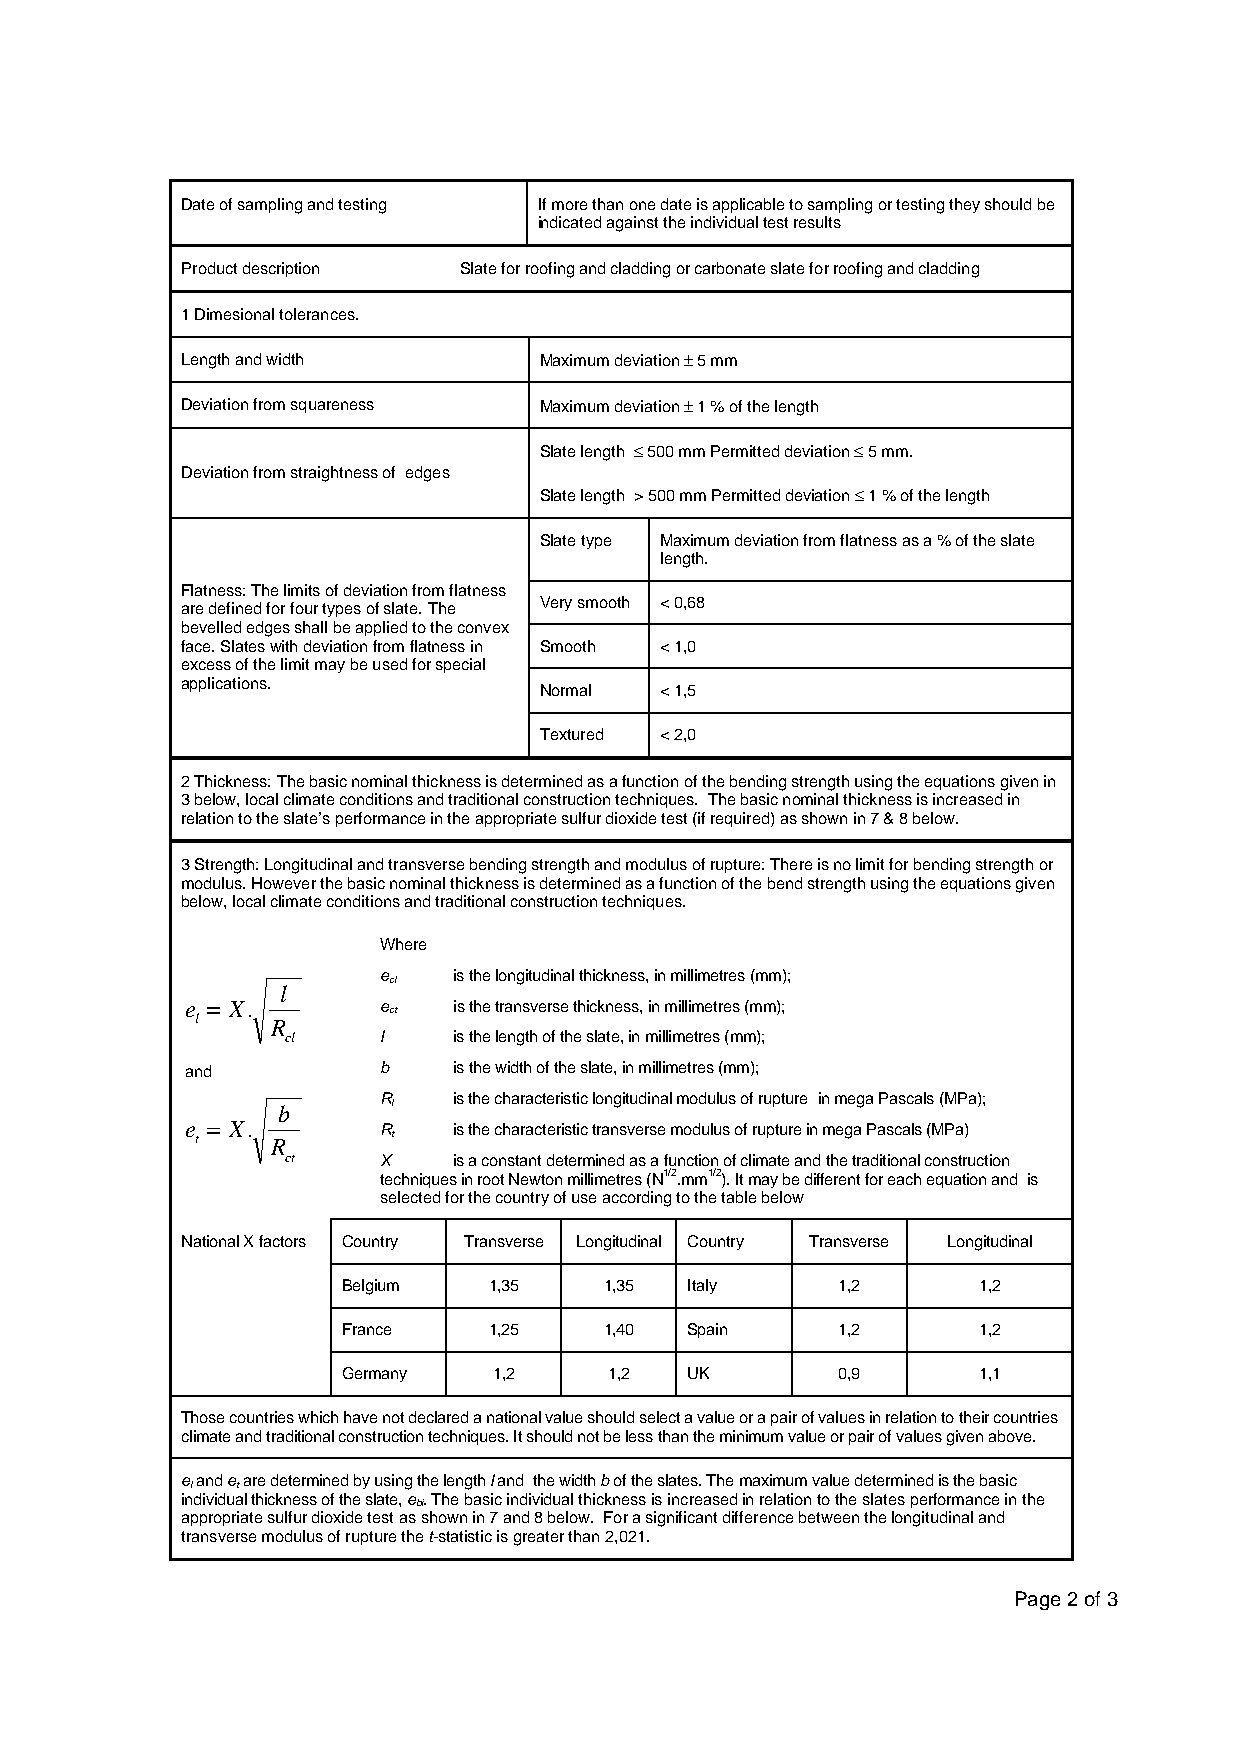
Date of sampling and testing If more than one date is applicable to sampling or testing they should be
 indicated against the individual test results
 Product description Slate for roofing and cladding or carbonate slate for roofing and cladding
 1 Dimesional tolerances.
 Length and width        Maximum deviation – 5 mm
 Deviation from squareness Maximum deviation – 1 % of the length
 Slate length £ 500 mm Permitted deviation £ 5 mm.
 Deviation from straightness of edges
 Slate length > 500 mm Permitted deviation £ 1 % of the length
 Slate type Maximum deviation from flatness as a % of the slate
 length.
 Flatness: The limits of deviation from flatness
 are defined for four types of slate. The Very smooth < 0,68
 bevelled edges shall be applied to the convex
 face. Slates with deviation from flatness in Smooth < 1,0
 excess of the limit may be used for special
 applications.
 Normal  < 1,5
 Textured < 2,0
 2 Thickness: The basic nominal thickness is determined as a function of the bending strength using the equations given in
 3 below, local climate conditions and traditional construction techniques. The basic nominal thickness is increased in
 relation to the slate’s performance in the appropriate sulfur dioxide test (if required) as shown in 7 & 8 below.
 3 Strength: Longitudinal and transverse bending strength and modulus of rupture: There is no limit for bending strength or
 modulus. However the basic nominal thickness is determined as a function of the bend strength using the equations given
 below, local climate conditions and traditional construction techniques.
 Where
 e    is the longitudinal thickness, in millimetres (mm);
 cl
 l
 e = X.       e
 ct
 is the transverse thickness, in millimetres (mm);
 l    R
 cl    l    is the length of the slate, in millimetres (mm);
 and          b    is the width of the slate, in millimetres (mm);
 R    is the characteristic longitudinal modulus of rupture in mega Pascals (MPa);
 b       l
 e
 t
 = X.
 R
 R
 t
 is the characteristic transverse modulus of rupture in mega Pascals (MPa)
 ct    X    is a constant determined as a function of climate and the traditional construction
 techniques in root Newton millimetres (N1/2.mm1/2). It may be different for each equation and is
 selected for the country of use according to the table below
 National X factors Country Transverse Longitudinal Country Transverse Longitudinal
 Belgium  1,35    1,35  Italy    1,2       1,2
 France   1,25    1,40  Spain    1,2       1,2
 Germany   1,2    1,2   UK       0,9       1,1
 Those countries which have not declared a national value should select a value or a pair of values in relation to their countries
 climate and traditional construction techniques. It should not be less than the minimum value or pair of values given above.
 e and e are determined by using the length l and the width b of the slates. The maximum value determined is the basic
 l  t
 individual thickness of the slate, e . The basic individual thickness is increased in relation to the slates performance in the
 bi
 appropriate sulfur dioxide test as shown in 7 and 8 below. For a significant difference between the longitudinal and
 transverse modulus of rupture the t-statistic is greater than 2,021.
 Page 2 of 3